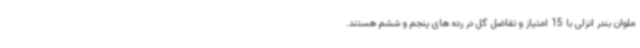
ملوان بندر انزلی با 15 امتیاز و تفاضل گل در رده های پنجم و ششم هستند.